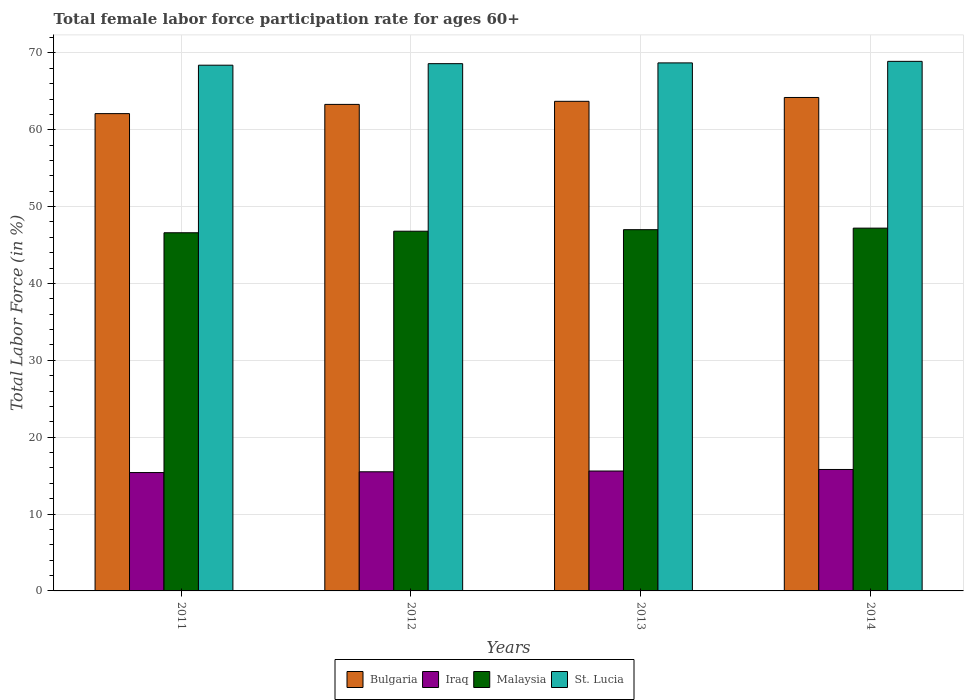
| Years | Bulgaria | Iraq | Malaysia | St. Lucia |
 | --- | --- | --- | --- | --- |
 | 2011 | 62.1 | 15.4 | 46.6 | 68.4 |
 | 2012 | 63.3 | 15.5 | 46.8 | 68.6 |
 | 2013 | 63.7 | 15.6 | 47 | 68.7 |
 | 2014 | 64.2 | 15.8 | 47.2 | 68.9 |